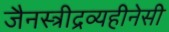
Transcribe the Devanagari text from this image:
जैनस्त्रीद्रव्यहीनेसी